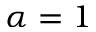
\alpha = 1